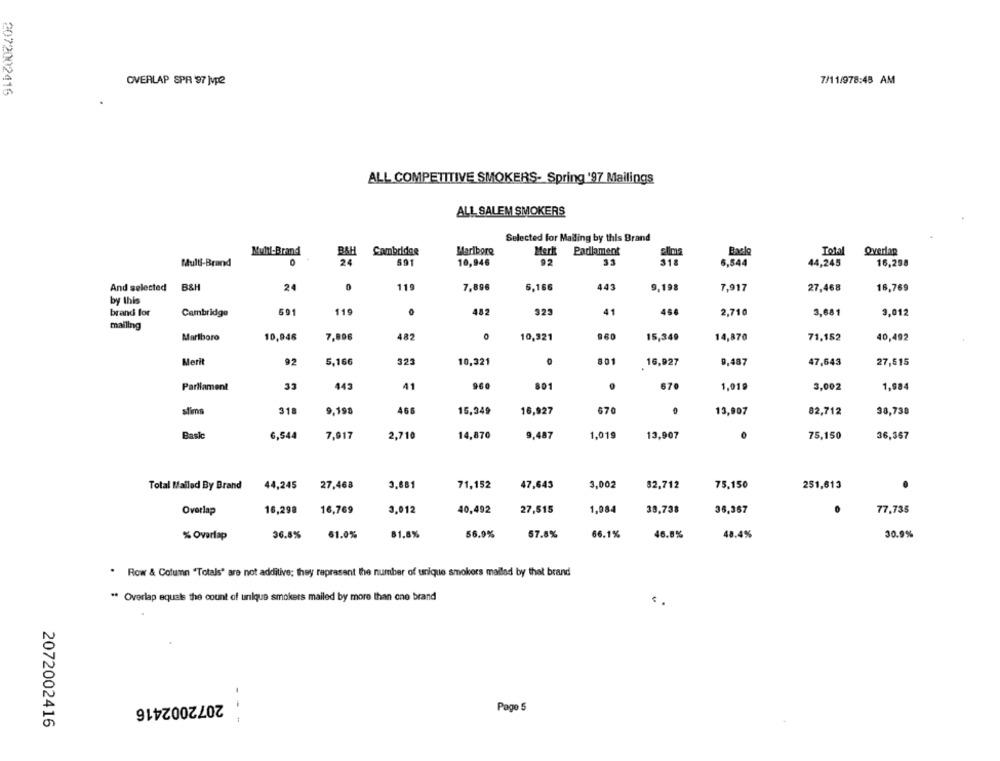
OVERLAP SPR 97 Mvp2
7/11/978:48 AM
2072002416
ALL COMPETITIVE SMOKERS- Spring '97 Mailings
ALL SALEM SMOKERS
Selected for Mailing by this Brand
Multi-Brand
B&H
Cambridge
Marlboro
Merkt
Parlament
Total
Overlap
Multi-Brand
24
501
10,946
92
33
318
6,544
44,245
16,298
And selected B&H
24
119
7,896
5,166
443
9,198
7,917
27,468
16,769
by this
brand for
Cambridge
591
119
0
482
323
41
46
2,710
3,681
3,012
mailing
10,946
15,349
14,870
40,492
Marlboro
7,896
482
10,321
71,152
Merit
92
5,166
325
10,321
801
16,927
9,487
47,643
27,515
Parliament
35
443
41
960
801
670
1,01 9
3,002
1,984
slims
318
9,198
466
15,349
16,927
670
13,907
82,712
38,738
Basic
14,870
9,487
1.019
75,150
6,544
7,917
2,710
13,907
36,357
Total Mailed By Brand
44,245
27,468
3.881
71,152
47,643
3,002
82,712
75,150
251,613
Overlap
16,298
16,769
3,012
40,492
27,515
1,084
38,738
36,367
77,735
30.9%
% Overlap
36.8%
61.0%
81.8%
56.9%
57.8%
66.1%
46.8%
48.4%
. Row & Column "Totals' are not additive; they represent the number of unique smokers mailed by that brand
** Overlap equals the count of unique smokers mailed by more than one brand
2072002416
Page 5
2072002416
- --